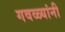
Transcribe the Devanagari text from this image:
गवळ्यांनी